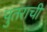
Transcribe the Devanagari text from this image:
पुतराची